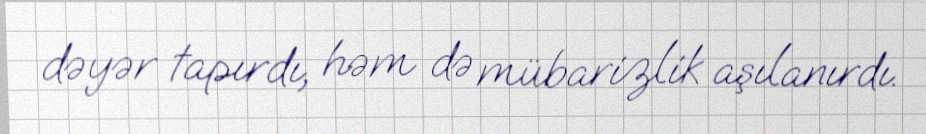
dəyər tapırdı, həm də mübarizlik aşılanırdı.